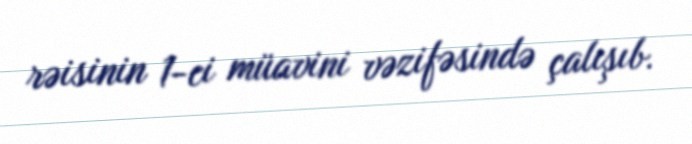
rəisinin 1-ci müavini vəzifəsində çalışıb.